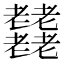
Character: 𦓋